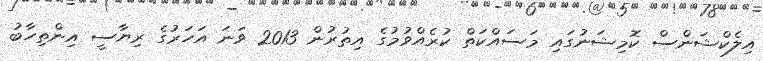
އިލެކްޝަންސް ކޮމިޝަނުގައި މަސައްކަތް ކުރެއްވުމުގެ އިތުރުން 2013 ވަނަ އަހަރުގެ ރިޔާސީ އިންތިހާބު